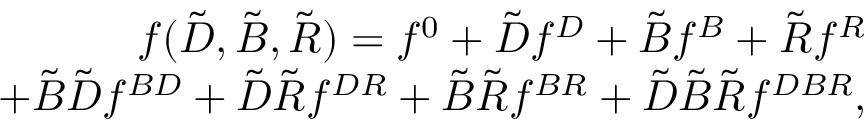
\begin{array} { r } { f ( { \cal \tilde { D } } , { \cal \tilde { B } } , { \cal \tilde { R } } ) = f ^ { 0 } + { { \cal \tilde { D } } } f ^ { { \cal { D } } } + { { \cal \tilde { B } } } f ^ { { \cal { B } } } + { { \cal \tilde { R } } } f ^ { { \cal { R } } } } \\ { + { { \cal \tilde { B } } { \cal \tilde { D } } } f ^ { { \cal { B } } { \cal { D } } } + { { \cal \tilde { D } } { \cal \tilde { R } } } f ^ { { \cal { D } } { \cal { R } } } + { { \cal \tilde { B } } { \cal \tilde { R } } } f ^ { { \cal { B } } { \cal { R } } } + { { \cal \tilde { D } } { \cal \tilde { B } } { \cal \tilde { R } } } f ^ { { \cal { D } } { \cal { B } } { \cal { R } } } , } \end{array}